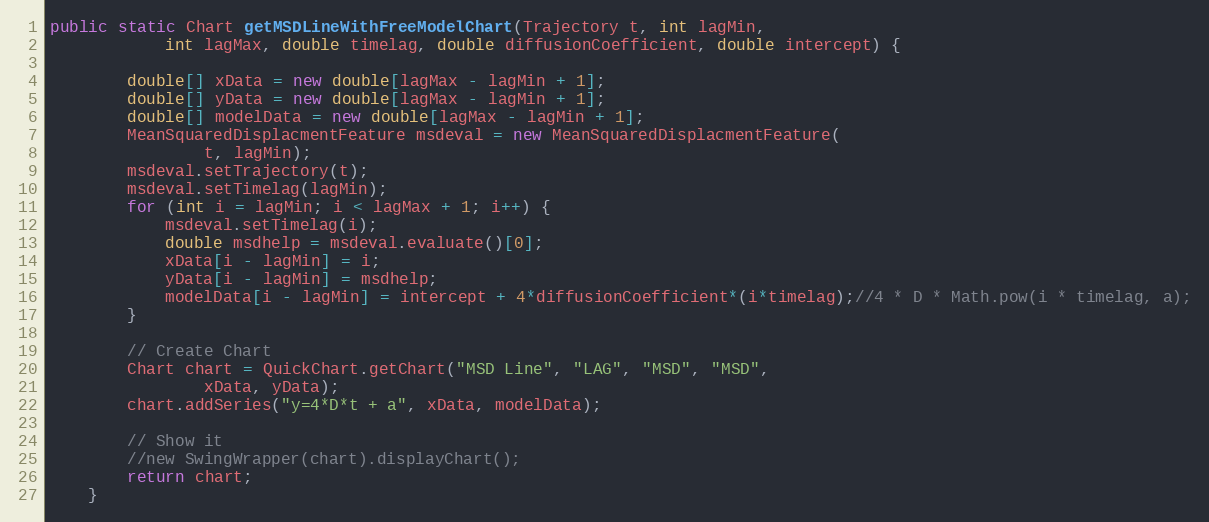
Language: Java
public static Chart getMSDLineWithFreeModelChart(Trajectory t, int lagMin,
			int lagMax, double timelag, double diffusionCoefficient, double intercept) {

		double[] xData = new double[lagMax - lagMin + 1];
		double[] yData = new double[lagMax - lagMin + 1];
		double[] modelData = new double[lagMax - lagMin + 1];
		MeanSquaredDisplacmentFeature msdeval = new MeanSquaredDisplacmentFeature(
				t, lagMin);
		msdeval.setTrajectory(t);
		msdeval.setTimelag(lagMin);
		for (int i = lagMin; i < lagMax + 1; i++) {
			msdeval.setTimelag(i);
			double msdhelp = msdeval.evaluate()[0];
			xData[i - lagMin] = i;
			yData[i - lagMin] = msdhelp;
			modelData[i - lagMin] = intercept + 4*diffusionCoefficient*(i*timelag);//4 * D * Math.pow(i * timelag, a);
		}

		// Create Chart
		Chart chart = QuickChart.getChart("MSD Line", "LAG", "MSD", "MSD",
				xData, yData);
		chart.addSeries("y=4*D*t + a", xData, modelData);

		// Show it
		//new SwingWrapper(chart).displayChart();
		return chart;
	}